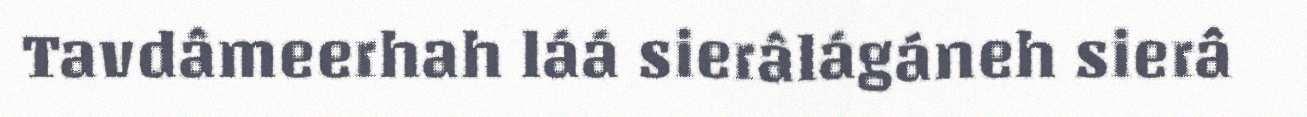
Tavdâmeerhah láá sierâlágáneh sierâ